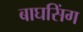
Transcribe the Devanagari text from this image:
बाघसिंग